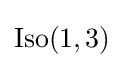
{\text{Iso}}(1,3)